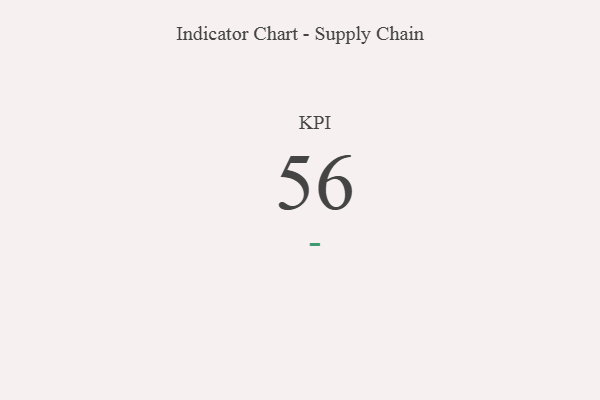
{"axis": {"x": "KPI", "y": "Value"}, "legend": [""], "data": [{"x": "KPI", "y": 56, "type": ""}]}